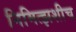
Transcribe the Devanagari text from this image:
निमित्झशीच